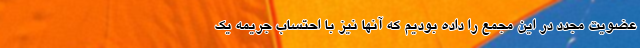
عضویت مجدد در این مجمع را داده بودیم که آنها نیز با احتساب جریمه یک